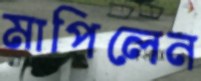
মাপিলেন